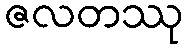
ဇလတဿု